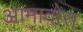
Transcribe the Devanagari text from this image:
आमादोरा